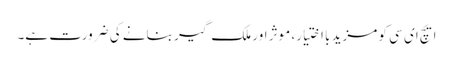
ایچ ای سی کو مزید با اختیار، موثر اور ملک گیر بنانے کی ضرورت ہے۔